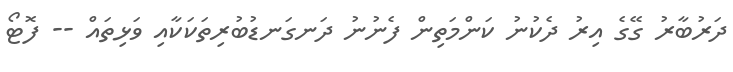
ދަރުބާރު ގޭގެ އިރު ދެކުނު ކަންމަތިން ފެނުނު ދަނގަނޑުބުރިތަކަކާއި ވަޅިތައް -- ފޮޓޯ